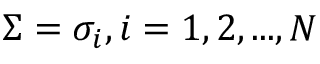
\Sigma = { \sigma _ { i } } , i = 1 , 2 , . . . , N